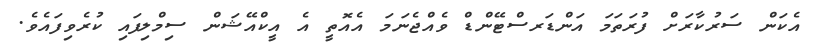
އެކަން ސަރުކާރަށް ފުރަތަމަ އަންޑަރސްޓޭންޑް ވެއްޖެނަމަ އެއޮތީ އެ އީކްއޭޝަން ސިމްލިފައި ކުރެވިފައެވެ.